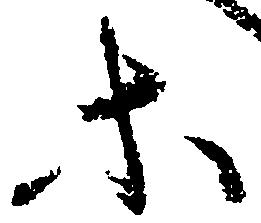
等